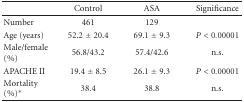
|  | Control | ASA | Significance |
 | --- | --- | --- | --- |
 | Number | 461 | 129 |  |
 | Age (years) | 52.2 ± 20.4 | 69.1 ± 9.3 | P < 0.00001 |
 | Male/female (%) | 56.8/43.2 | 57.4/42.6 | n.s. |
 | APACHE II | 19.4 ± 8.5 | 26.1 ± 9.3 | P < 0.00001 |
 | Mortality (%)* | 38.4 | 38.8 | n.s. |